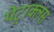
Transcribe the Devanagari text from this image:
पेट्राक्लस